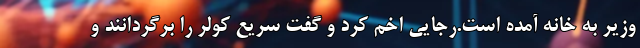
وزیر به خانه آمده است.رجایی اخم کرد و گفت سریع کولر را برگردانند و